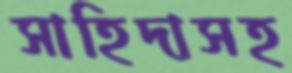
সাহিদাসহ